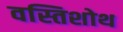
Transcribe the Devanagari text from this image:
वस्तिशोथ